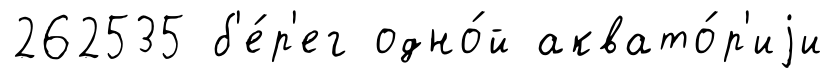
262535 б'е́р'ег одно́й аквато́р'иjи